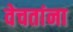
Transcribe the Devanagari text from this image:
वेचतांना